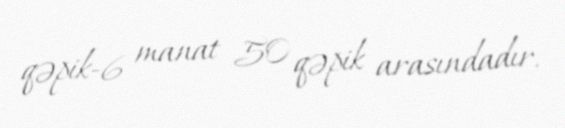
qəpik-6 manat 50 qəpik arasındadır.